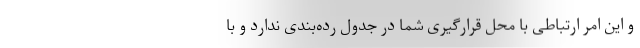
و این امر ارتباطی با محل قرارگیری شما در جدول رده‌بندی ندارد و با